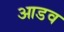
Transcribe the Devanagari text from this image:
आडव